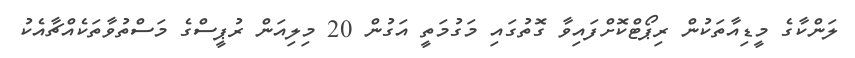
ލަންކާގެ މީޑިއާތަކުން ރިޕޯޓްކޮށްފައިވާ ގޮތުގައި މަގުމަތީ އަގުން 20 މިލިއަން ރުޕީސްގެ މަސްތުވާތަކެއްޗާއެކު